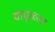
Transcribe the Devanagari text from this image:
वाघूळला